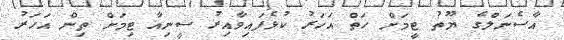
އާސެނަލްގެ ޔޫތު ޓީމަށް ހަތް އަހަރު ކުޅެފައިވާއިރު ސީނިއާ ޓިމަށް ތިން އަހަރު